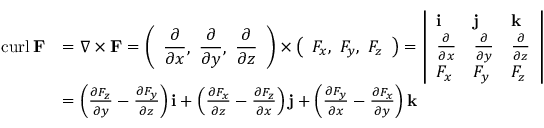
{ \begin{array} { r l } { \operatorname { c u r l } \mathbf { F } } & { = \nabla \times \mathbf { F } = { \left( \begin{array} { l } { \displaystyle { \frac { \partial } { \partial x } } , \ { \frac { \partial } { \partial y } } , \ { \frac { \partial } { \partial z } } } \end{array} \right) } \times { \left( \begin{array} { l } { F _ { x } , \ F _ { y } , \ F _ { z } } \end{array} \right) } = { \left| \begin{array} { l l l } { \mathbf { i } } & { \mathbf { j } } & { \mathbf { k } } \\ { { \frac { \partial } { \partial x } } } & { { \frac { \partial } { \partial y } } } & { { \frac { \partial } { \partial z } } } \\ { F _ { x } } & { F _ { y } } & { F _ { z } } \end{array} \right| } } \\ & { = \left( { \frac { \partial F _ { z } } { \partial y } } - { \frac { \partial F _ { y } } { \partial z } } \right) \mathbf { i } + \left( { \frac { \partial F _ { x } } { \partial z } } - { \frac { \partial F _ { z } } { \partial x } } \right) \mathbf { j } + \left( { \frac { \partial F _ { y } } { \partial x } } - { \frac { \partial F _ { x } } { \partial y } } \right) \mathbf { k } } \end{array} }